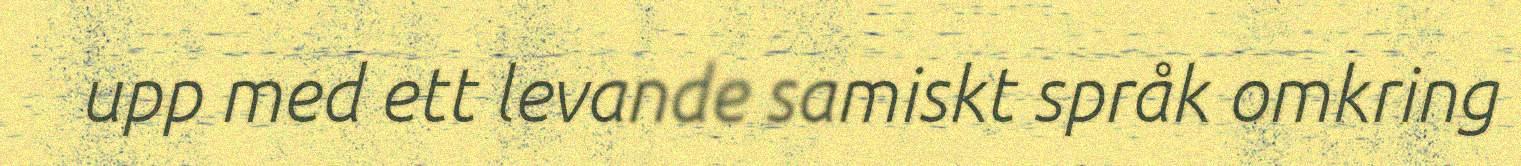
upp med ett levande samiskt språk omkring